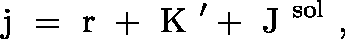
\mathrm { \boldmath ~ j ~ } = \mathrm { \boldmath ~ r ~ } + \mathrm { \boldmath ~ K ~ } ^ { \prime } + \mathrm { \boldmath ~ J ~ } ^ { \mathrm { s o l } } \ ,